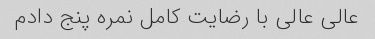
عالی عالی با رضایت کامل نمره پنج دادم